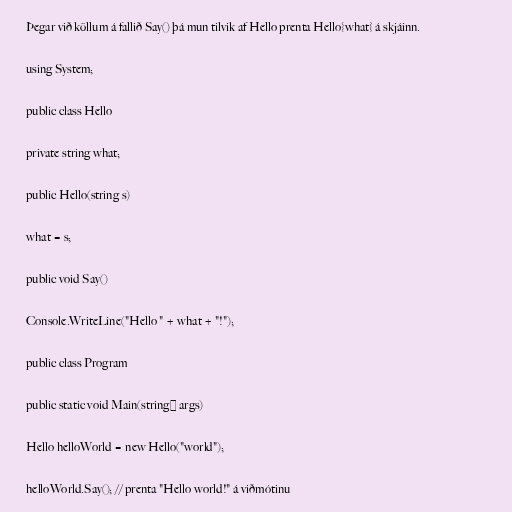
Þegar við köllum á fallið Say() þá mun tilvik af Hello prenta Hello{what} á skjáinn.

using System;

public class Hello

private string what;

public Hello(string s)

what = s;

public void Say()

Console.WriteLine("Hello " + what + "!");

public class Program

public static void Main(string[] args)

Hello helloWorld = new Hello("world");

helloWorld.Say(); // prenta "Hello world!" á viðmótinu